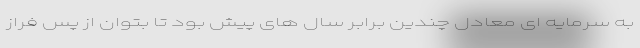
به سرمایه ای معادل چندین برابر سال های پیش بود تا بتوان از پس فراز